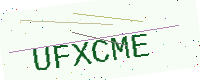
Text: UFXCME